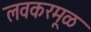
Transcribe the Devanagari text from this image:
लवकरमूळ